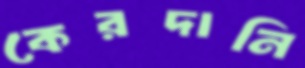
কেরদানি